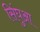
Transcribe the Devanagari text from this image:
सिंघुआ